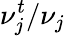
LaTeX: \nu_{j}^{t}/\nu_{j}